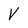
Character: V